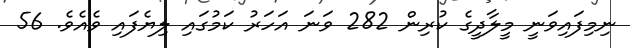
ނިމިފައިވަނީ މީލާދީގެ ކުރިން 282 ވަނަ އަހަރު ކަމުގައި ލިޔެފައި ވެއެވެ. 56